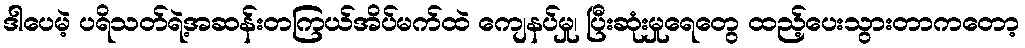
ဒါပေမဲ့ ပရိသတ်ရဲ့အဆန်းတကြယ်အိပ်မက်ထဲ ကျေနပ်မှု၊ ပြီးဆုံးမှုရေတွေ ထည့်ပေးသွားတာကတော့